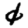
Digit: 0